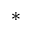
^ \ast